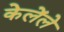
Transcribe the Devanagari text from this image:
केलेंले